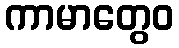
ကာမာတွေဝ